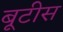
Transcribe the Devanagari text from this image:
बूटीस